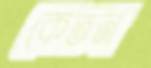
কেতন